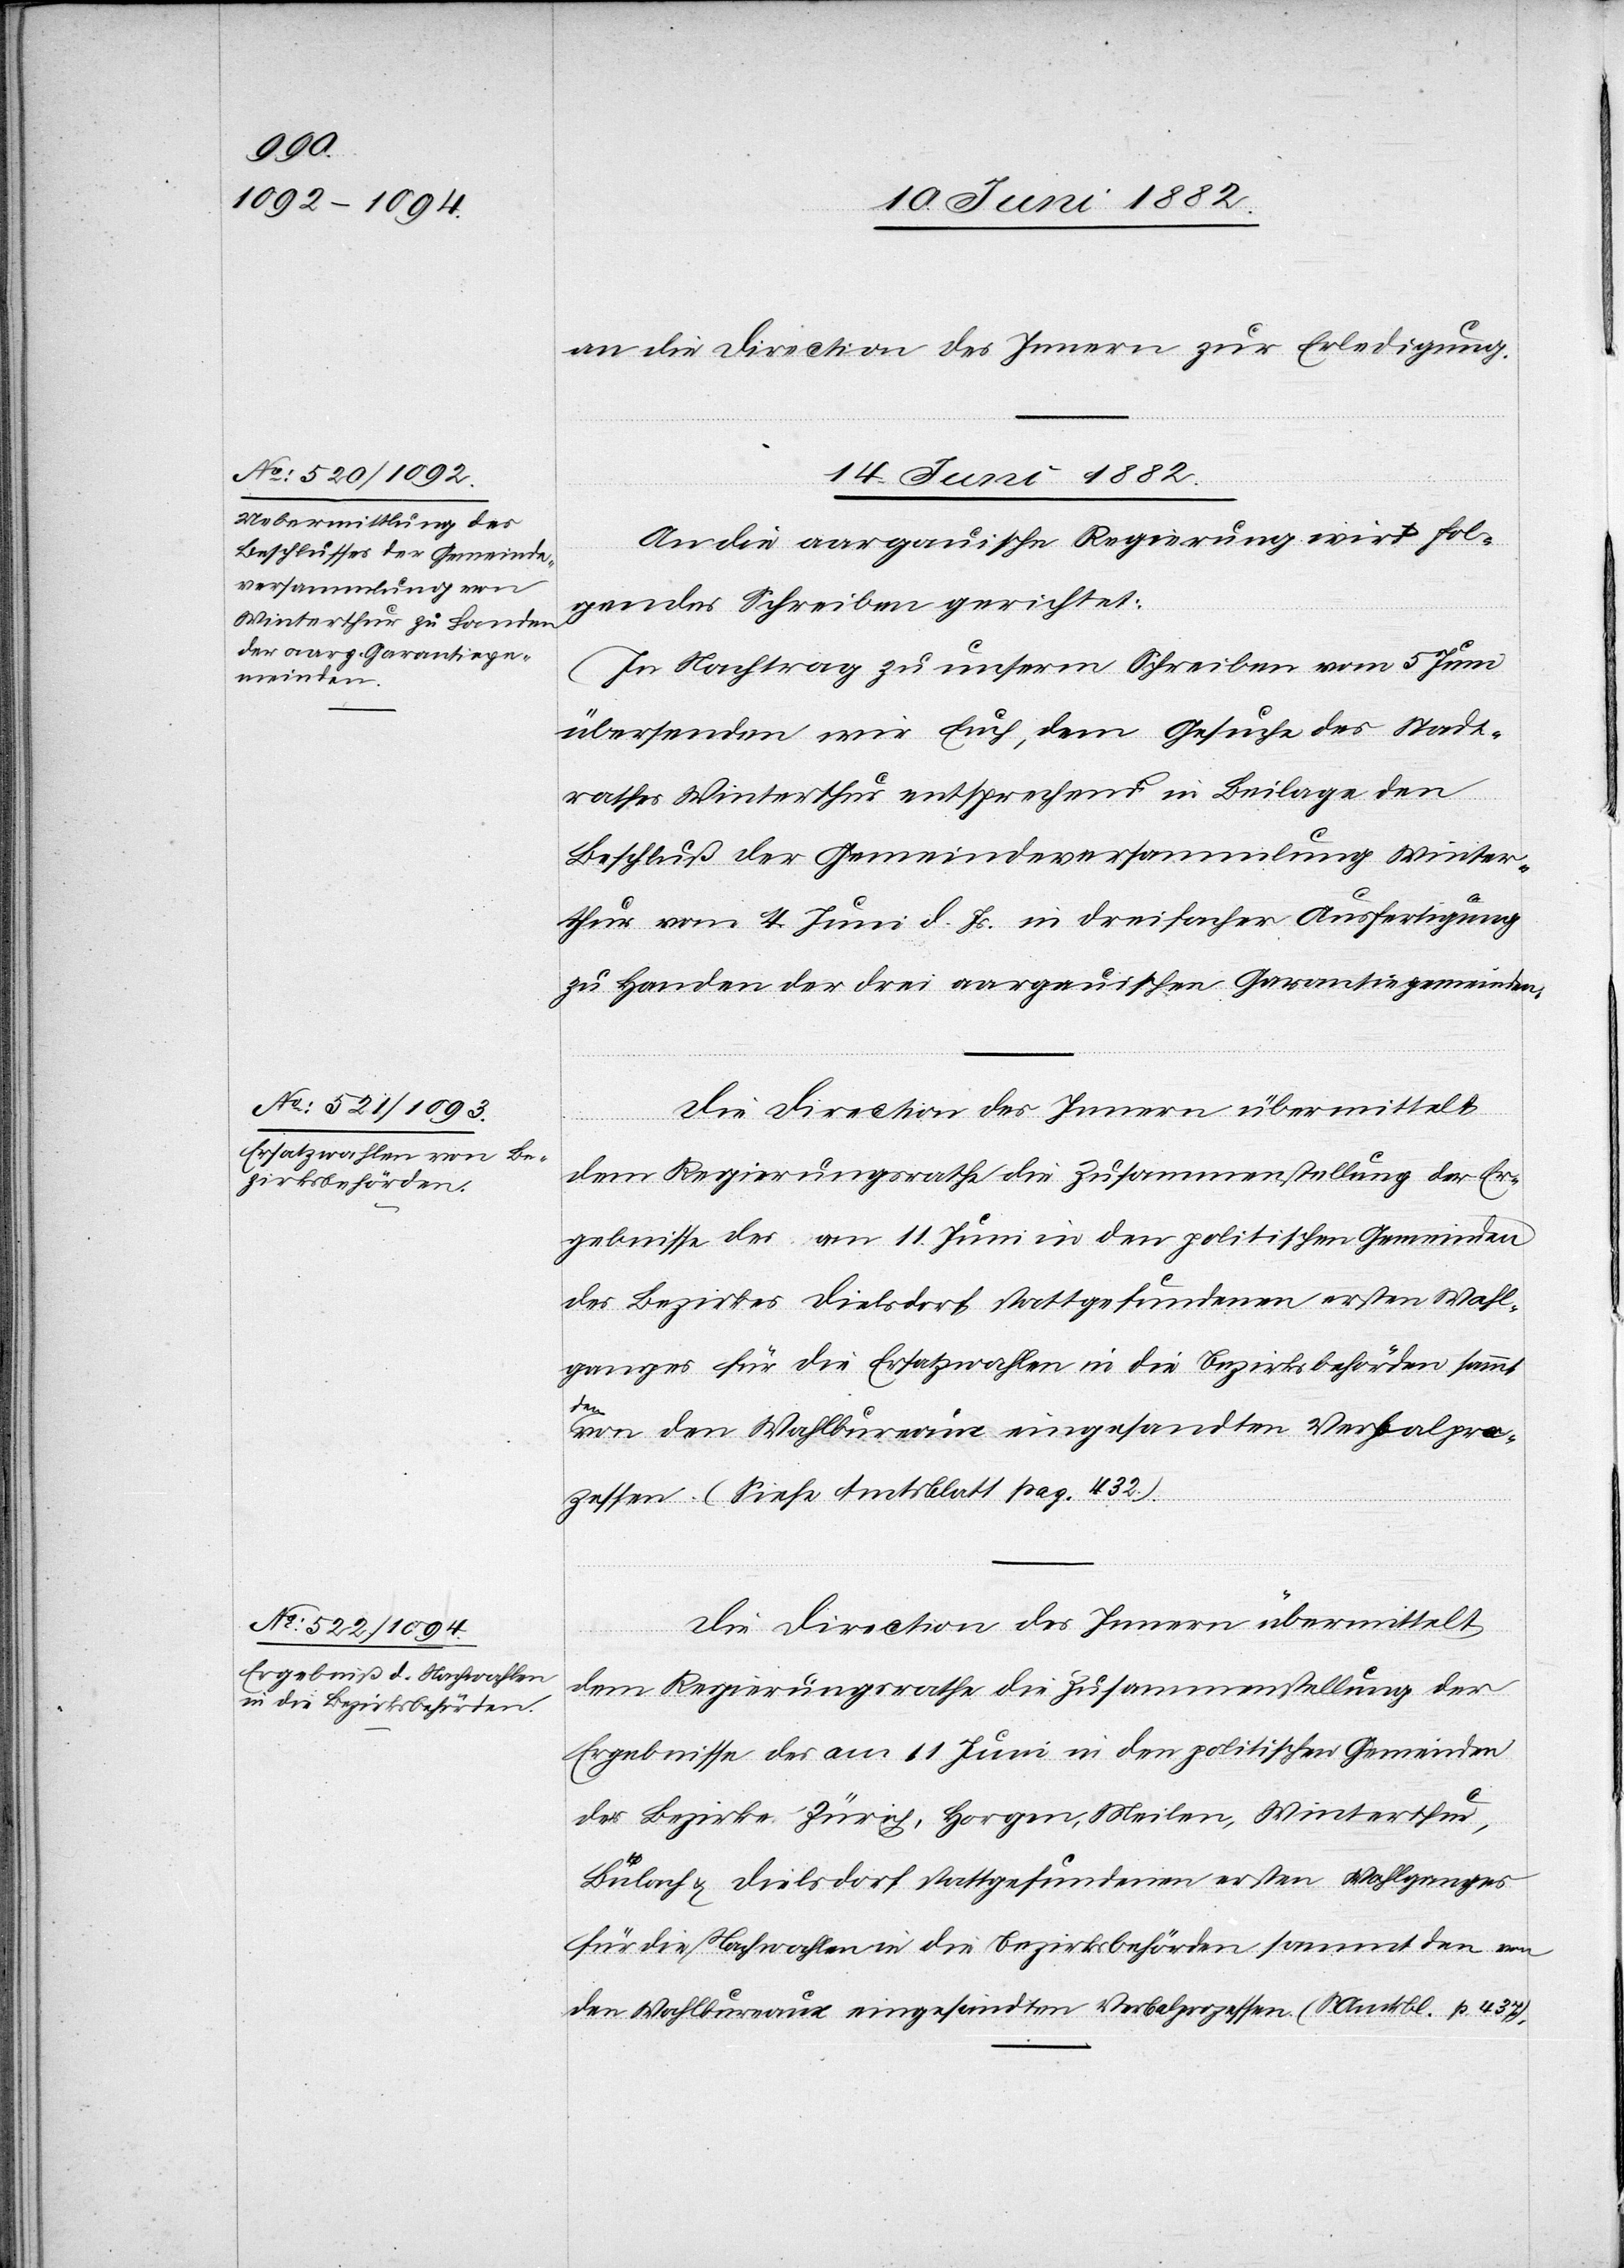
an die Direction des Innern zur Erledigung.
14. Juni 1882.]
An die aargauische Regierung wird fol¬
gendes Schreiben gerichtet:
In Nachtrag zu unserm Schreiben vom 5. Juni
übersenden wir Euch, dem Gesuche des Stadt¬
rathes Winterthur entsprechend in Beilage den
Beschluß der Gemeindeversammlung Winter¬
thur vom 4. Juni d. Js. in dreifacher Ausfertigung
zu Handen der drei aargauischen Garantiegemeinden.
des Bezirkes Dielsdorf stattgefundenen ersten Wahl¬
ganges für die Ersatzwahlen in die Bezirksbehörden sammt
den
von den Wahlbureaux eingesandten Verbalpro¬
zessen. (Siehe Amtsblatt pag. 432).
Die Direction des Innern übermittelt
dem Regierungsrathe die Zusammenstellung der
Ergebnisse des am 11. Juni in den politischen Gemeinden
der Bezirke Zürich, Horgen, Meilen, Winterthur,
Bülach & Dielsdorf stattgefundenen ersten Wahlganges
für die Nachwahlen in die Bezirksbehörden sammt den von
den Wahlbureaux eingesandten Verbalprozessen. (S. Amtsbl. p. 437).